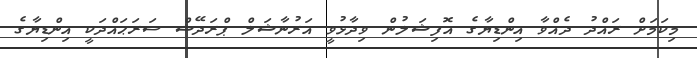
މިކަމަށް ރައްދު ދެއްވާ އިންޑިޔާގެ އޮފިޝަލުން ވިދާޅުވީ އަރުނާޝަލް ޕްރަދޭޝް ސަރަޙައްދަކީ އިންޑިޔާގެ